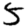
Digit: 5